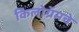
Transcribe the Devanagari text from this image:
किलोग्रॅमचे